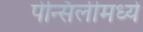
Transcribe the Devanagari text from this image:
पेन्सिलीमध्ये